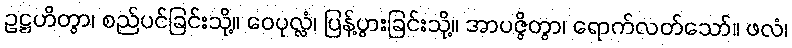
ဥဋ္ဌဟိတွာ၊ စည်ပင်ခြင်းသို့။ ဝေပုလ္လံ၊ ပြန့်ပွားခြင်းသို့။ အာပဇ္ဇိတွာ၊ ရောက်လတ်သော်။ ဖလံ၊